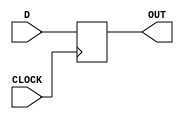
`timescale 1ns / 1ps
//////////////////////////////////////////////////////////////////////////////////
//////////////////////////////////////////////////////////////////////////////////

module my_dff(input CLOCK, input D, output reg OUT);
    always @(posedge CLOCK) begin
        OUT <= D;
    end
endmodule